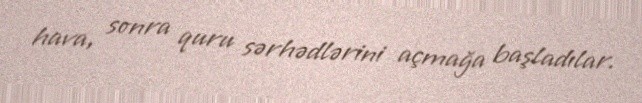
hava, sonra quru sərhədlərini açmağa başladılar.